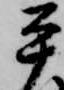
平